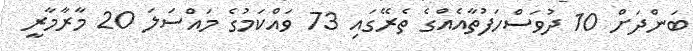
ބަންދަށް 10 ދުވަސްހަފުތާއެއްގެ ތެރޭގައި 73 ވައްކަމުގެ މައްސަލަ 20 މާރާމާރީ